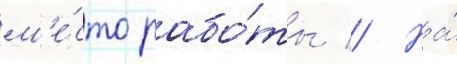
м'е́сто рабо́ты // На́